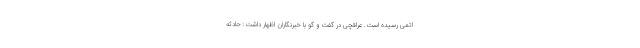
اتمی رسیده است. عراقچی در گفت و گو با خبرنگاران اظهار داشت: حادثه